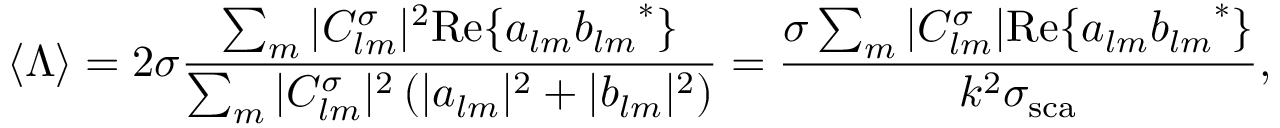
{ \langle \Lambda \rangle } = 2 \sigma \frac { \sum _ { m } | C _ { l m } ^ { \sigma } | ^ { 2 } \mathrm { R e } \{ a _ { l m } { b _ { l m } } ^ { * } \} } { \sum _ { m } | C _ { l m } ^ { \sigma } | ^ { 2 } \left( | a _ { l m } | ^ { 2 } + | b _ { l m } | ^ { 2 } \right) } = \frac { \sigma \sum _ { m } | C _ { l m } ^ { \sigma } | \mathrm { R e } \{ a _ { l m } { b _ { l m } } ^ { * } \} } { k ^ { 2 } \sigma _ { \mathrm { { s c a } } } } ,